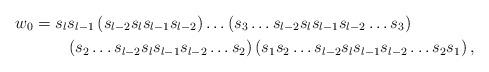
LaTeX: \begin{align*} w_0&=s_{l}s_{l-1}\left(s_{l-2}s_{l}s_{l-1}s_{l-2}\right)\ldots \left(s_3\ldots s_{l-2}s_{l}s_{l-1}s_{l-2}\ldots s_3\right)\\ &\qquad\left(s_2\ldots s_{l-2}s_{l}s_{l-1}s_{l-2}\ldots s_2\right)\left(s_1s_2\ldots s_{l-2}s_{l}s_{l-1}s_{l-2}\ldots s_2 s_1\right),\end{align*}